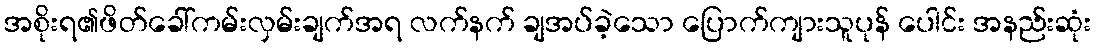
အစိုးရ၏ဖိတ်ခေါ်ကမ်းလှမ်းချက်အရ လက်နက် ချအပ်ခဲ့သော ပြောက်ကျားသူပုန် ပေါင်း အနည်းဆုံး